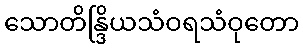
သောတိန္ဒြိယသံဝရသံဝုတော